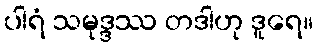
ပါရံ သမုဒ္ဒဿ တဒါဟု ဒူရေ။